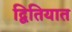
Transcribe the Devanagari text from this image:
द्वितियात